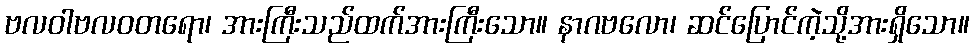
ဗလဝါဗလဝတရော၊ အားကြီးသည်ထက်အားကြီးသော။ နာဂဗလော၊ ဆင်ပြောင်ကဲ့သို့အားရှိသော။